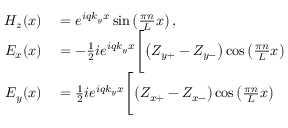
\begin{array} { r l } { H _ { z } ( x ) } & { { } = e ^ { i q k _ { y } x } \sin \left( \frac { \pi n } { L } x \right) , } \\ { E _ { x } ( x ) } & { { } = - \frac { 1 } { 2 } i e ^ { i q k _ { y } x } \Biggl [ \left( Z _ { y + } - Z _ { y - } \right) \cos \left( \frac { \pi n } { L } x \right) } \\ { E _ { y } ( x ) } & { { } = \frac { 1 } { 2 } i e ^ { i q k _ { y } x } \Biggl [ \left( Z _ { x + } - Z _ { x - } \right) \cos \left( \frac { \pi n } { L } x \right) } \end{array}